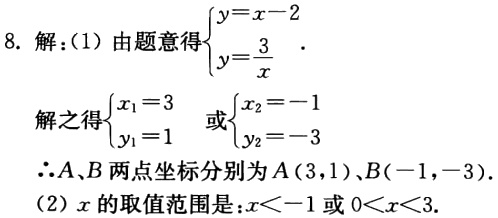
8. 解：(1) 由题意得$\begin{cases}y = x - 2\\y=\frac{3}{x}\end{cases}$.
解之得$\begin{cases}x_1 = 3\\y_1 = 1\end{cases}$或$\begin{cases}x_2 = -1\\y_2 = -3\end{cases}$
$\therefore A,B$两点坐标分别为$A(3,1)$、$B(-1,-3)$.
(2) $x$的取值范围是：$x < -1$或$0 < x < 3$.